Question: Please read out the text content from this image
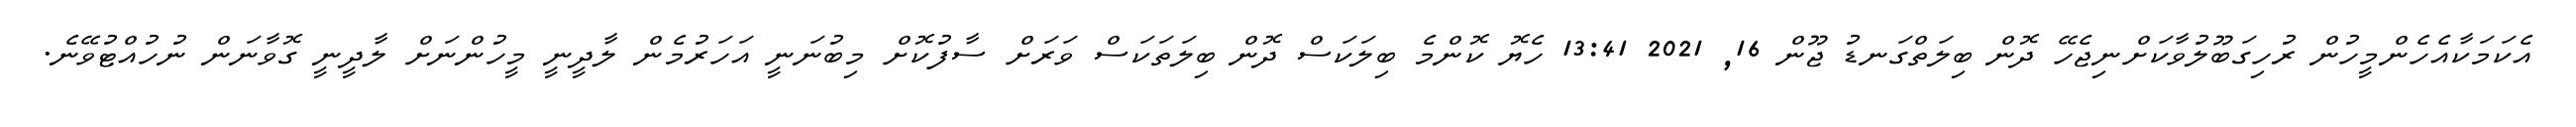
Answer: އެކަމަކާއެހެންމީހުން ރުހިގަބޫލުވާކަށްނިޖެހޭ ދޮން ބިލަތްގަނޑު ޖޫން 16, 2021 13:41 ހެޔޮ ކޮންމެ ބިލަކަސް ދޮން ބިލަތަކަސް ވަރަށް ސާފުކޮށް މިބުނަނީ އަހަރުމެން ލާދީނީ މީހުންނަށް ލާދީނީ ގޮވާނަން ނުހުއްޓުވޭނެ.